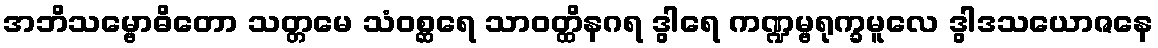
အဘိသမ္ဗောဓိတော သတ္တမေ သံဝစ္ဆရေ သာဝတ္ထိနဂရ ဒွါရေ ကဏ္ဍမ္ဗရုက္ခမူလေ ဒွါဒသယောဇနေ